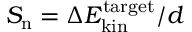
S _ { \mathrm { n } } = \Delta E _ { \mathrm { k i n } } ^ { \mathrm { t a r g e t } } / d